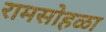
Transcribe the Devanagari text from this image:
रामसोहळा